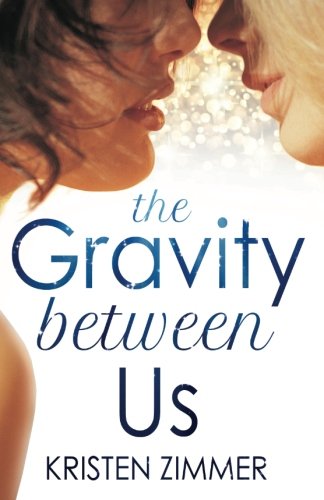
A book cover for The Gravity Between Us; Kristen Zimmer; Romance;